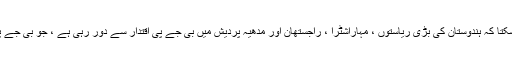
لیکن اس سے انکار نہیں کیا جاسکتا کہ ہندوستان کی بڑی ریاستوں ، مہاراشٹرا ، راجستھان اور مدھیہ پردیش میں بی جے پی اقتدار سے دور رہی ہے ، جو بی جے پی کے لئے ایک بڑا دھچکا ہے۔